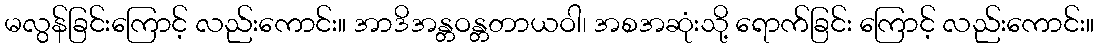
မလွန်ခြင်းကြောင့် လည်းကောင်း။ အာဒိအန္တဝန္တတာယဝါ၊ အစအဆုံးသို့ ရောက်ခြင်း ကြောင့် လည်းကောင်း။